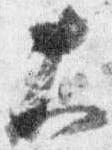
大